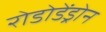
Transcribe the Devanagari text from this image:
रोडोडेंड्रोन